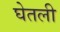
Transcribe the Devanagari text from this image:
घेेतली